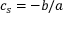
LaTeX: c _ { s } = - b / a